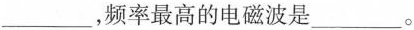
___，频率最高的电磁波是___。